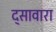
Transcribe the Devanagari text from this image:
द्सावारा